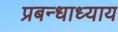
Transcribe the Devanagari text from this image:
प्रबन्धाध्याय